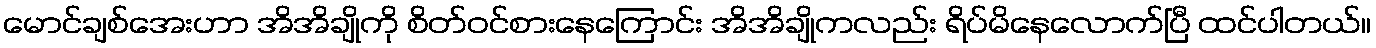
မောင်ချစ်အေးဟာ အိအိချိုကို စိတ်ဝင်စားနေကြောင်း အိအိချိုကလည်း ရိပ်မိနေလောက်ပြီ ထင်ပါတယ်။